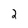
Character: 2